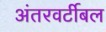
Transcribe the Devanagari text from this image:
अंतरवर्टीबल